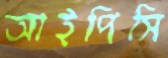
আইপিসি